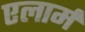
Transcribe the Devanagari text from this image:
एलार्म